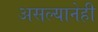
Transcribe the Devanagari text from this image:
असल्यानेही